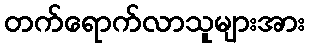
တက်ရောက်လာသူများအား